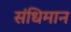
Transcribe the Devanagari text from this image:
संधिमान